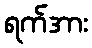
ရက်အား